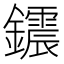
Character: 𨯂